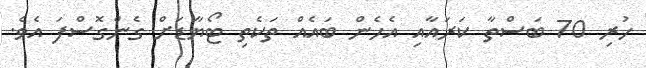
ހުރި 70 ބަސްތާ ކަރައާއި އެހެން ބައެއް ތަކެތި ޓޯޔާޑަށް ގެންގޮސްފަ އެވެ.